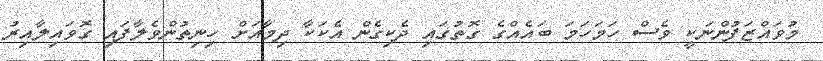
މުވައްޒަފުންނަކީ ވެސް ހަމަހަމަ ބައެއްގެ ގޮތުގައި ދެކިގެން އެކަކާ ދިމާއަށް ހިނިތުންވެލާފައި ގޮވައިލާއިރު